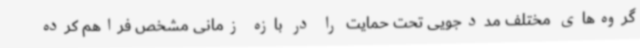
گروه‌های مختلف مددجویی تحت حمایت را در بازه زمانی مشخص فراهم کرده